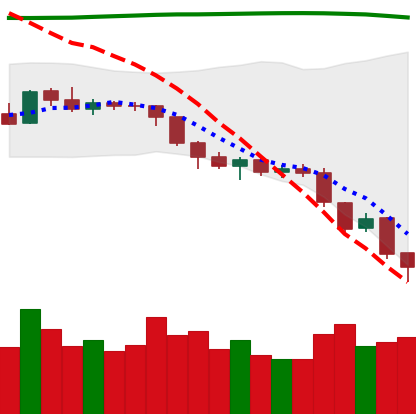
Ticker: ETH-USD
Chart end date: 2018-08-11
Forward return: -10.576%
Label: down_7plus